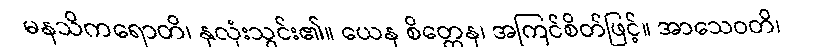
မနသိကရောတိ၊ နှလုံးသွင်း၏။ ယေန စိတ္တေန၊ အကြင်စိတ်ဖြင့်။ အာသေဝတိ၊